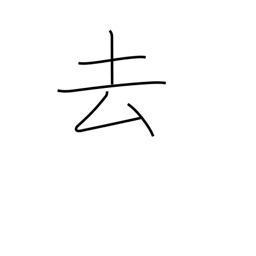
Meaning: past